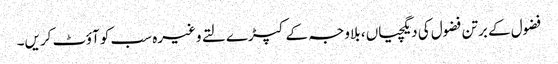
فضول کے برتن فضول کی دیگچیاں ، بلاوجہ کے کپڑے لتے وغیرہ سب کو آؤٹ کریں۔